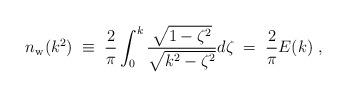
LaTeX: \begin{align*}n_{\rm w}(k^2)\;\equiv\; {2\over \pi}\int_0^k{\sqrt{1-\zeta^2}\over \sqrt{k^2-\zeta^2}}d\zeta\;=\; {2\over \pi} E(k)\;,\end{align*}